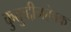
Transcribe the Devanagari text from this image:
कुतुब्द्दीनऐबक